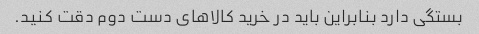
بستگی دارد بنابراین باید در خرید کالاهای دست دوم دقت کنید.